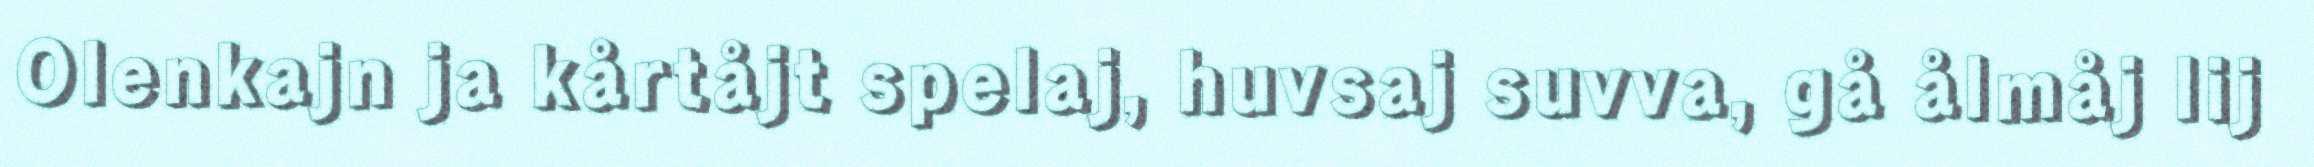
Olenkajn ja kårtåjt spelaj, huvsaj suvva, gå ålmåj lij